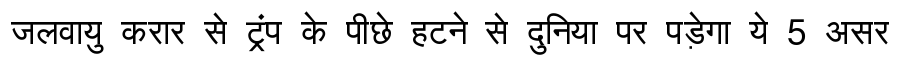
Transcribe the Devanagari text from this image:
जलवायु करार से ट्रंप के पीछे हटने से दुनिया पर पड़ेगा ये 5 असर